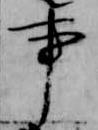
事